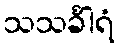
သသင်္ခါရံ